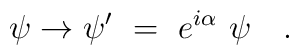
\psi \to \psi ' ~=~ e^{i\alpha} ~ \psi \quad .